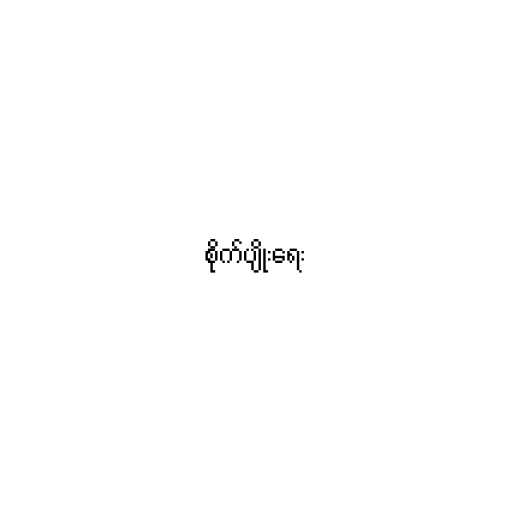
စိုက်ပျိုးရေး